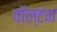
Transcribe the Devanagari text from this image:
वाॅल्टन